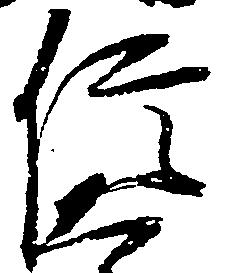
信